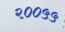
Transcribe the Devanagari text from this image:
२००५५